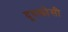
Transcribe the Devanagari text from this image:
दूधकोसी